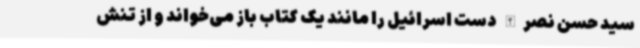
سید حسن نصرالله دست اسرائیل را مانند یک کتاب باز می‌خواند و از تنش